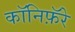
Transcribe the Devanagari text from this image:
कॉनिफ़ॅरे